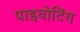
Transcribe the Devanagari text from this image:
पाइवोटिंग